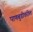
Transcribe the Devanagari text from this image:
पाणबुडीवरील